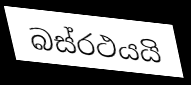
බස්රථයයි